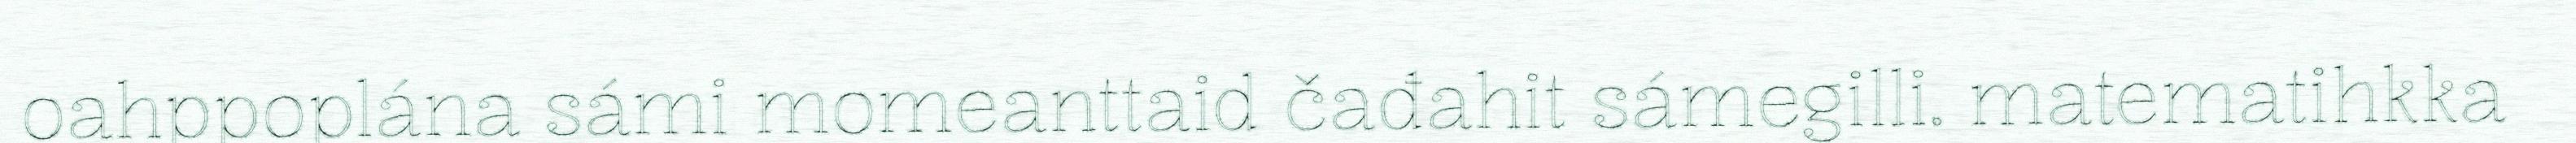
oahppoplána sámi momeanttaid čađahit sámegilli. matematihkka